Civil Veterinary Dept. Bombay admin report 1900-1906 - 1900-1906
Year: 1900
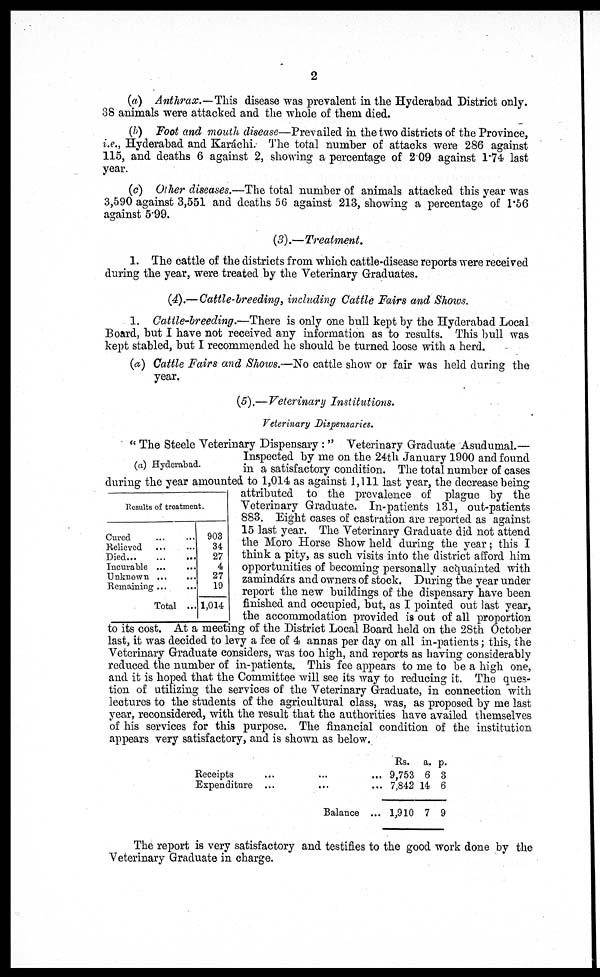
2
(a) Anthrax.—This disease was prevalent in the Hyderabad District only.
38 animals were attacked and the whole of them died.
(b) Foot and mouth disease—Prevailed in the two districts of the Province,
i.e., Hyderabad and Karáchi. The total number of attacks were 286 against
115, and deaths 6 against 2, showing a percentage of 2.09 against 1.74 last
year.
(c) Other diseases.—The total number of animals attacked this year was
3,590 against 3,551 and deaths 56 against 213, showing a percentage of 1.56
against 5.99.
(3).—Treatment.
1. The cattle of the districts from which cattle-disease reports were received
during the year, were treated by the Veterinary Graduates.
(4).—Cattle-breeding, including Cattle Fairs and Shows.
1. Cattle-breeding.—There is only one bull kept by the Hyderabad Local
Board, but I have not received any information as to results. This bull was
kept stabled, but I recommended he should be turned loose with a herd.
(a) Cattle Fairs and Shows.—No cattle show or fair was held during the
year.
(5).— Veterinary Institutions.
Veterinary Dispensaries.
(a) Hyderabad.
Results of treatment.
Cured
...
...
Relieved ... ...
Died
...
...
...
Incurable ... ...
Unknown ... ...
Remaining ... ...
Total ...
903
34
27
4
27
19
1,014
"The Steele Veterinary Dispensary : " Veterinary Graduate Asudumal.—
Inspected by me on the 24th January 1900 and found
in a satisfactory condition. The total number of cases
during the year amounted to 1,014 as against 1,111 last year, the decrease being
attributed to the prevalence of plague by the
Veterinary Graduate. In-patients 131, out-patients
883. Eight cases of castration are reported as against
15 last year. The Veterinary Graduate did not attend
the Moro Horse Show held during the year; this I
think a pity, as such visits into the district afford him
opportunities of becoming personally acquainted with
zamindárs and owners of stock. During the year under
report the new buildings of the dispensary have been
finished and occupied, but, as I pointed out last year,
the accommodation provided is out of all proportion
to its cost. At a meeting of the District Local Board held on the 28th October
last, it was decided to levy a fee of 4 annas per day on all in-patients; this, the
Veterinary Graduate considers, was too high, and reports as having considerably
reduced the number of in-patients. This fee appears to me to be a high one,
and it is hoped that the Committee will see its way to reducing it. The ques-
tion of utilizing the services of the Veterinary Graduate, in connection with
lectures to the students of the agricultural class, was, as proposed by me last
year, reconsidered, with the result that the authorities have availed themselves
of his services for this purpose. The financial condition of the institution
appears very satisfactory, and is shown as below.
Receipts
...
...
...
Expenditure
...
... ...
Balance ...
Rs.
9,753
7,842
1,910
a.
6
14
7
p.
3
6
9
The report is very satisfactory and testifies to the good work done by the
Veterinary Graduate in charge.